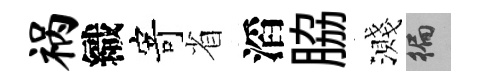
祸織寄省滔脇濺徧